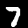
Label: 7